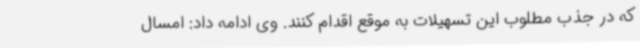
که در جذب مطلوب این تسهیلات به موقع اقدام کنند. وی ادامه داد: امسال